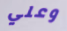
وعلي